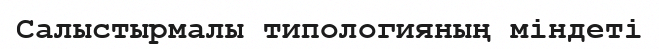
Салыстырмалы типологияның міндеті